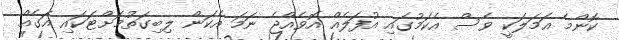
ކޮންމެ އަމަލަކީ ވެސް އެކަމުގައި އުފަލެއް އޮވެއްޖެ ނަމަ އެކަން ލިބިގަތުމަށްޓަކައި އަގެއް